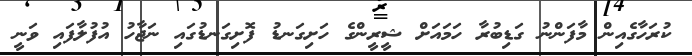
ކުރަހާގެއިން މާފަންނު ގަޑިބުރާ ހަމައަށް ޝީރީންގެ ހަށިގަނޑު ފޮށިގަނޑުގައި ނަޖާހު އުފުލާފައި ވަނީ